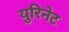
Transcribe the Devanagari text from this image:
युरिनेट